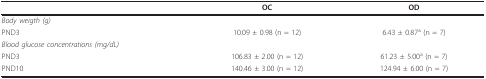
|  | OC | OD |
 | --- | --- | --- |
 | Body weigth (g) |  |  |
 | PND3 | 10.09 ± 0.98 (n = 12) | 6.43 ± 0.87a (n = 7) |
 | Blood glucose concentrations (mg/dL) |  |  |
 | PND3 | 106.83 ± 2.00 (n = 12) | 61.23 ± 5.00a (n = 7) |
 | PND10 | 140.46 ± 3.00 (n = 12) | 124.94 ± 6.00 (n = 7) |